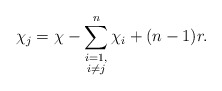
\begin{align*}\chi_j = \chi - \sum_{\substack{i = 1,\\ i \neq j}}^{n} \chi_i + (n-1)r. \end{align*}